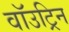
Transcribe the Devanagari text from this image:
वॉउट्रिन